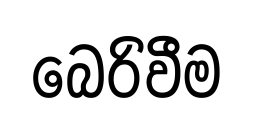
බෙරිවීම